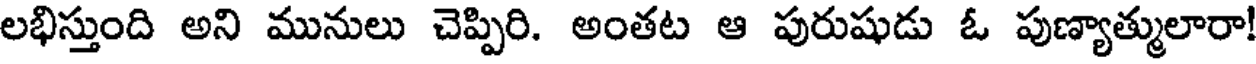
లభిస్తుంది అని మునులు చెప్పిరి. అంతట ఆ పురుషుడు ఓ పుణ్యాత్ములారా!